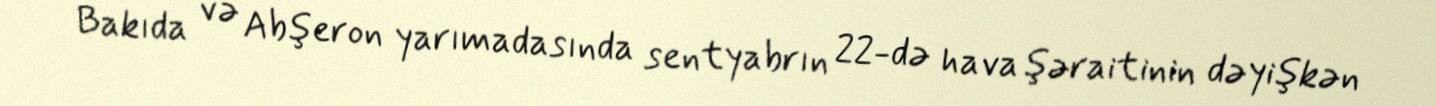
Bakıda və Abşeron yarımadasında sentyabrın 22-də hava şəraitinin dəyişkən